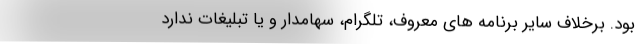
بود. برخلاف سایر برنامه های معروف، تلگرام، سهامدار و یا تبلیغات ندارد